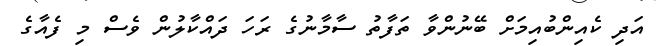
އަދި ކެއިންބުއިމަށް ބޭނުންވާ ތަފާތު ސާމާނުގެ ރަހަ ދައްކާލުން ވެސް މި ފެއާގެ